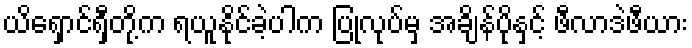
ယိရှောင်ရှီတို့က ရယူနိုင်ခဲ့ပါက ပြုလုပ်မှ အချိန်ပိုနှင့် ဖီလာဒဲဖီယား